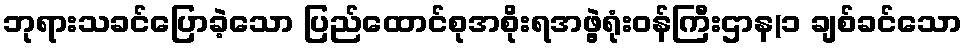
ဘုရားသခင်ပြောခဲ့သော ပြည်ထောင်စုအစိုးရအဖွဲ့ရုံးဝန်ကြီးဌာန(၁ ချစ်ခင်သော